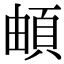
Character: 頔